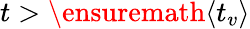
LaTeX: t>{\ensuremath{\left\langle t_{v}\right\rangle}}